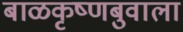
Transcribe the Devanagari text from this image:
बाळकृष्णबुवाला